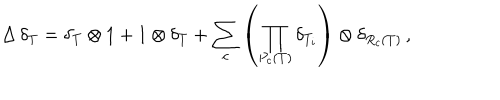
\Delta \, \delta _ { T } = \delta _ { T } \otimes 1 + 1 \otimes \delta _ { T } + \sum _ { c } \left( \prod _ { P _ { c } ( T ) } \delta _ { T _ { i } } \right) \otimes \delta _ { R _ { c } ( T ) } \, ,